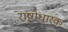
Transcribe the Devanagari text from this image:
राष्ट्रोधारक